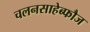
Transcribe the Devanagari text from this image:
चलनसाहेब्फौज